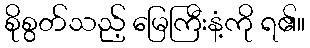
စိုစွတ်သည့် မြေကြီးနံ့ကို ရ၏။